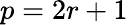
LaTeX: p=2r+1